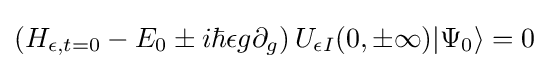
\left(H_{\epsilon ,t=0}-E_{0}\pm i\hbar \epsilon g\partial _{g}\right)U_{\epsilon I}(0,\pm \infty )|\Psi _{0}\rangle =0